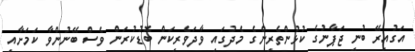
އަގުއިރޭ ބުނީ ޖަޕާނުގެ ކުޅުންތެރިންގެ މެދުގައި ވާދަވެރިކަން ބޮޑުކުރަން ވެސް ބޭނުންވާ ކަމަށާއި